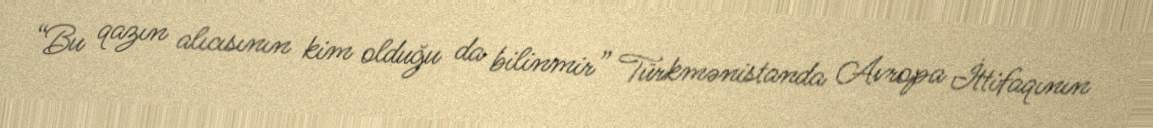
“Bu qazın alıcısının kim olduğu da bilinmir” Türkmənistanda Avropa İttifaqının